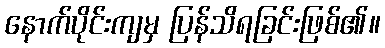
နောက်ပိုင်းကျမှ ပြန်သိရခြင်းဖြစ်၏။